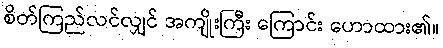
စိတ်ကြည်လင်လျှင် အကျိုးကြီး ကြောင်း ဟောထား၏။